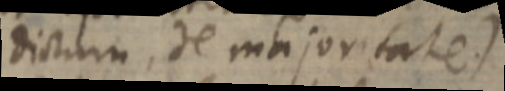
dictum, de majoritate.)